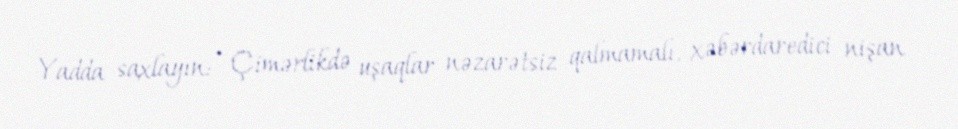
Yadda saxlayın: • Çimərlikdə uşaqlar nəzarətsiz qalmamalı, xəbərdaredici nişan